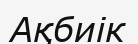
Ақбиік